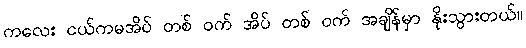
ကလေး ငယ်ကမအိပ် တစ် ဝက် အိပ် တစ် ဝက် အချိန်မှာ နိုးသွားတယ်။